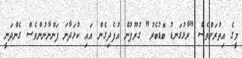
މީގެ އިތުރަށްވެސް "ރާޅުގަނޑު ބޮޑުބެރު" ގުރޫޕުން އުފެދިގެން އައި ކުޅަދާނަ ފަންނާނުންވެސް ގެންދަނީ